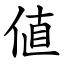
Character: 値